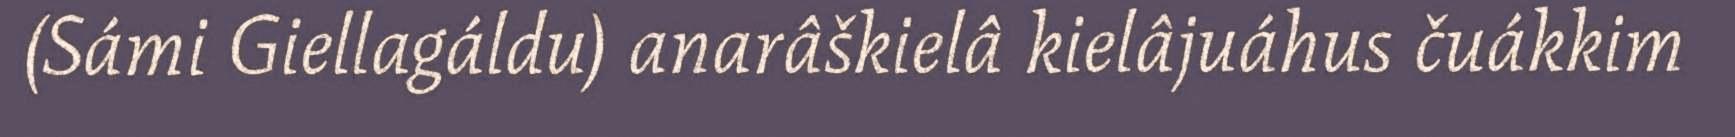
(Sámi Giellagáldu) anarâškielâ kielâjuáhus čuákkim